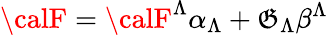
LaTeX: {\calF}={\calF}^{\Lambda}\alpha_{\Lambda}+{\cal\mathfrak{G}}_{\Lambda}\beta^{\Lambda}